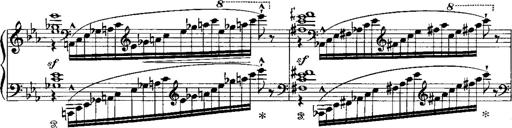
Title: RÃ©miniscences de Norma de Bellini
Composer: Franz Liszt